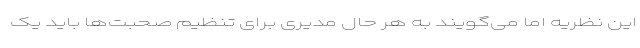
این نظریه اما می‌گویند به هر حال مدیری برای تنظیم صحبت‌ها باید یک